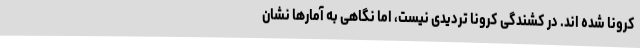
کرونا شده اند. در کشندگی کرونا تردیدی نیست، اما نگاهی به آمارها نشان